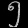
Digit: ၅